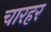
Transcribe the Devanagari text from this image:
चारहर